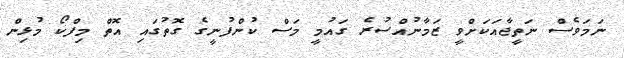
ނަމަވެސް ނަތީޖާއަކަށްވީ ޒަމާނުއްސުރެ ގައުމީ މަސް ކުންފުނީގެ ގޮތުގައި އޮތް މިފްކޯ މުޅިން